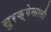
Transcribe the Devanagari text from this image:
सुरक्षेखाली